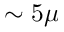
\sim 5 \mu